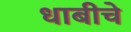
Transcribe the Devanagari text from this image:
धाबीचे